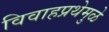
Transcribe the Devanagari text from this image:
विवाहप्रथेमुळे